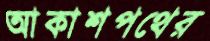
আকাশপথের